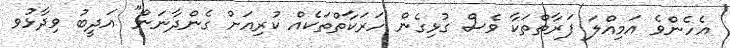
އެހެންވެ އަމިއްލަ ފަރާތްތަކާ ވެސް ގުޅިގެން ހަރަކާތްތަކެއް ކުރިއަށް ގެންދާނަން" އަދީބު ވިދާޅުވ